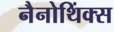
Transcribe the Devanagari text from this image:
नैनोथिंक्स